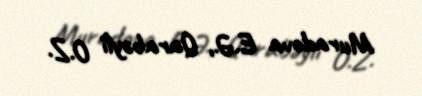
Muradova E.Ə., Qarabəyli O.Z.